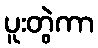
ပူးတွဲကာ